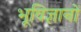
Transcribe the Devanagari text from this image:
भूविज्ञानों